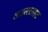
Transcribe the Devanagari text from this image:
लसलसाहट